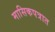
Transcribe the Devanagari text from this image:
मासिकपत्रात